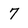
Character: 7